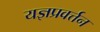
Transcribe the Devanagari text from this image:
यज्ञप्रवर्त्तन